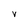
Character: V